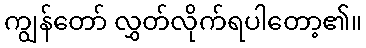
ကျွန်တော် လွှတ်လိုက်ရပါတော့၏။